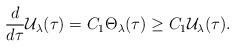
LaTeX: \begin{align*}\frac{d}{d\tau}\mathcal{U}_{\lambda}(\tau)= C_{1}\Theta_{\lambda}(\tau)\geq C_{1}\mathcal{U}_{\lambda}(\tau).\end{align*}